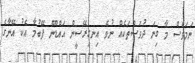
ނަމަވެސް މާ ގިނަ ދުވަސްތަކެއް ނުވެ އިނގިރޭސީން އައްޑޫން ފޭބުމާ އެކު އޭނާގެ